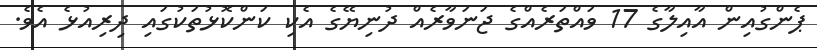
ޕެންގުއިން އާއިލާގެ 17 ވައްތަރެއްގެ ޖަނަވާރެއް ދުނިޔޭގެ އެކި ކަންކޮޅުތަކުގައި ދިރިއުޅެ އެވެ.